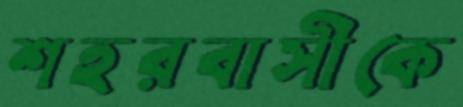
শহরবাসীকে